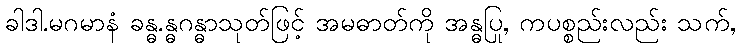
ခါဒါ.မဂမာနံ ခန္ဓ.န္ဓဂန္ဓာသုတ်ဖြင့် အမဓာတ်ကို အန္ဓပြု, ကပစ္စည်းလည်း သက်,